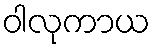
ဝါလုကာယ